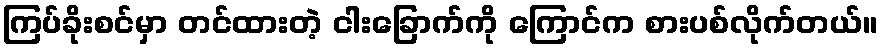
ကြပ်ခိုးစင်မှာ တင်ထားတဲ့ ငါးခြောက်ကို ကြောင်က စားပစ်လိုက်တယ်။